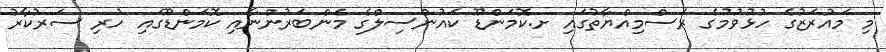
މި މައުރަޒުގެ ހުޅުވުމުގެ ރަސްމިއްޔާތުގައި ށ.ކޮމަންޑޫ ކައުންސިލްގެ މެންބަރުންނާއި ކޮމަންޑޫގައިި ހުރި ސަރުކާރު